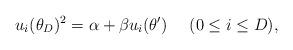
LaTeX: \begin{align*}u_i(\theta_D)^2=\alpha+\beta u_i(\theta')~~~~(0\leq i\leq D),\end{align*}